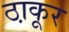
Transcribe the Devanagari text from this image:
ठा़कूर